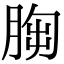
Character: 𦛴